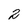
Character: 2